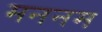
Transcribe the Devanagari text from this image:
मननम